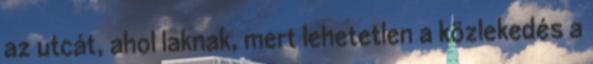
az utcát, ahol laknak, mert lehetetlen a közlekedés a